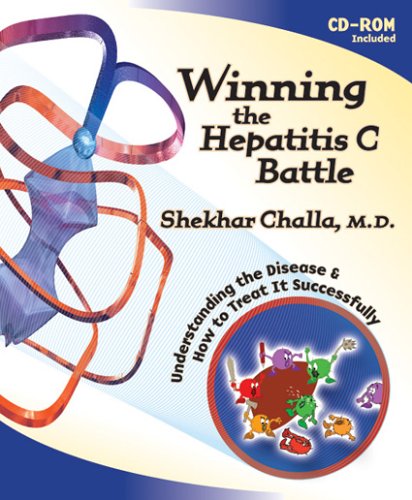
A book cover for Winning the Hepatitis C Battle: Understanding the Disease and how to treat it successfully; Shekhar Challa; Health, Fitness & Dieting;